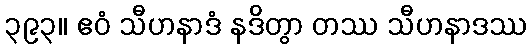
၃၉၃။ ဧဝံ သီဟနာဒံ နဒိတွာ တဿ သီဟနာဒဿ